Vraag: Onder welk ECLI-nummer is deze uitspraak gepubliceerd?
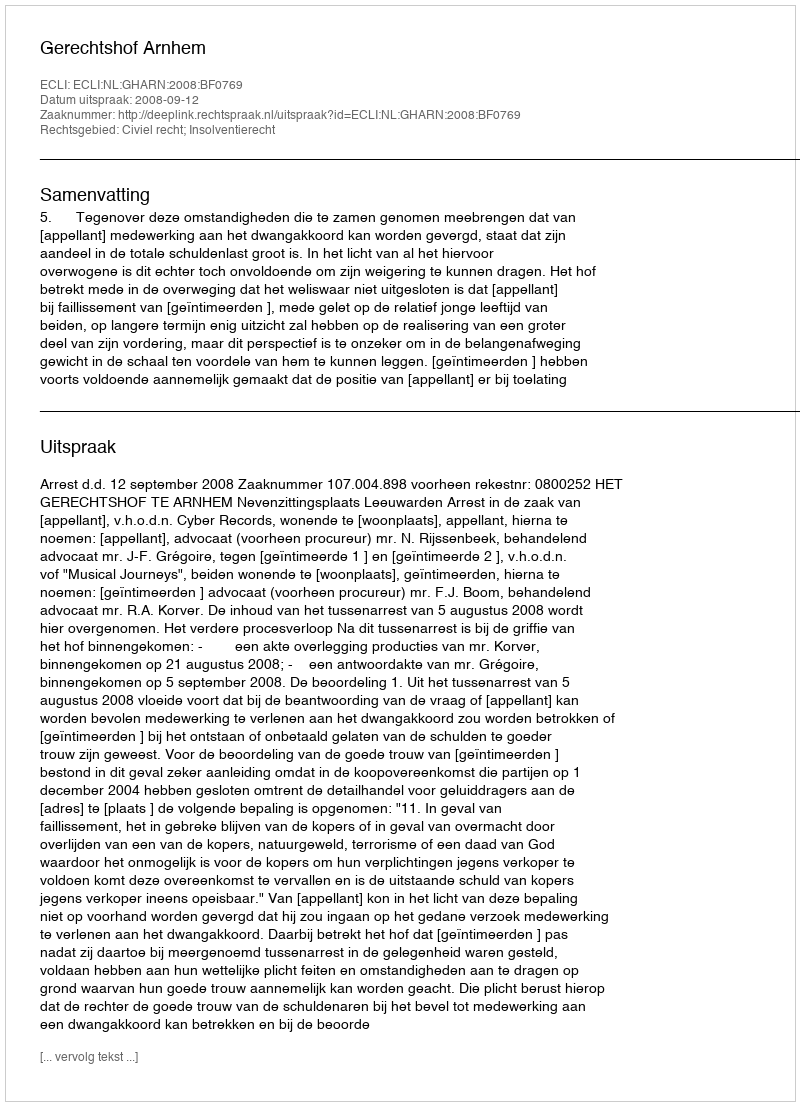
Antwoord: ECLI:NL:GHARN:2008:BF0769